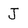
Character: J